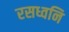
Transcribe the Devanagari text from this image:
रसध्वनि